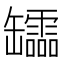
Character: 𦉢